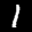
Label: 1